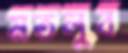
মতলুব